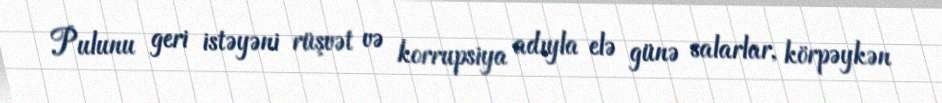
Pulunu geri istəyəni rüşvət və korrupsiya adıyla elə günə salarlar, körpəykən